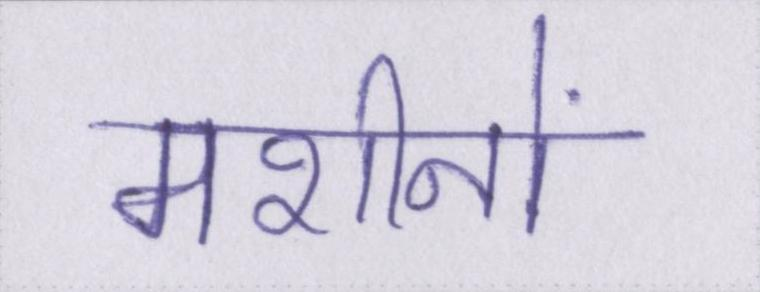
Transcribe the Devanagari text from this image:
मशीनों